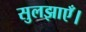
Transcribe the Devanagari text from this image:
सुलझाएँ।